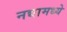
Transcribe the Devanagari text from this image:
नद्यामध्ये